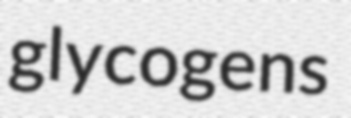
glycogens